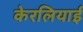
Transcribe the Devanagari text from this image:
केरलियाई